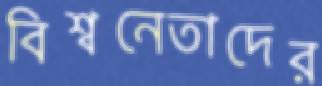
বিশ্বনেতাদের